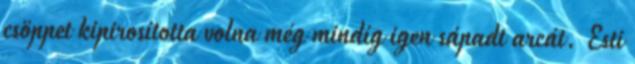
csöppet kipirosította volna még mindíg igen sápadt arcát. Esti